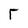
Character: r